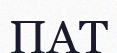
ПАТ